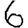
Digit: 6